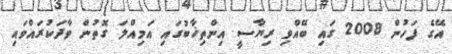
އޭގެ ފަހުން 2008 ގައި ބޭއްވި ރިޔާސީ އިންތިޚާބުގައި އަމިއްލަ ގޮތުން ވާދަކުރައްވައި